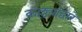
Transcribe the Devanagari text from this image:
कल्ल्यांद्वारे